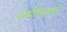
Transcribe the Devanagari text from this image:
बाष्पीभवनामुळे